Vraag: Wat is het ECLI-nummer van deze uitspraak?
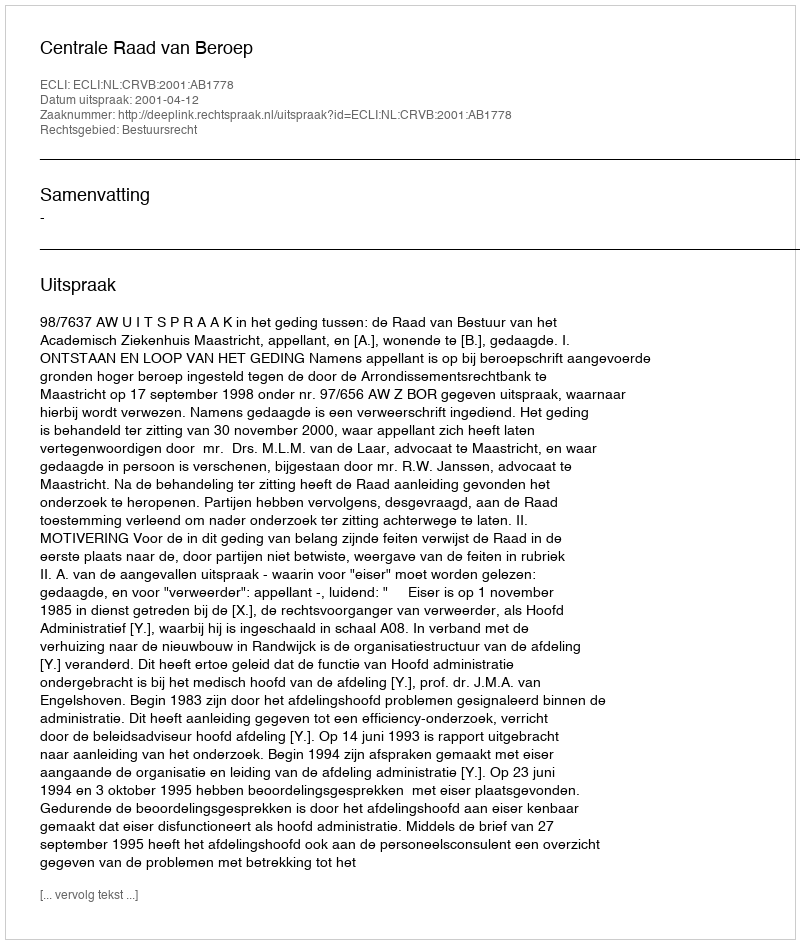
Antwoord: ECLI:NL:CRVB:2001:AB1778